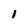
Character: i